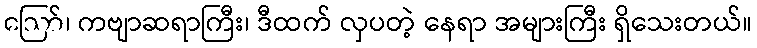
ဪ၊ ကဗျာဆရာကြီး၊ ဒီထက် လှပတဲ့ နေရာ အများကြီး ရှိသေးတယ်။